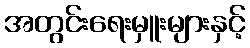
အတွင်းရေးမှူးများနှင့်